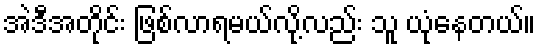
အဲဒီအတိုင်း ဖြစ်လာရမယ်လို့လည်း သူ ယုံနေတယ်။